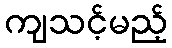
ကျသင့်မည့်